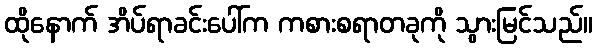
ထိုနောက် အိပ်ရာခင်းပေါ်က ကစားစရာတခုကို သွားမြင်သည်။